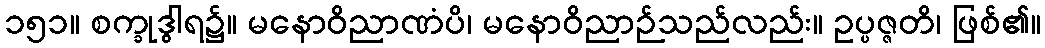
၁၅၁။ စက္ခုဒွါရ၌။ မနောဝိညာဏံပိ၊ မနောဝိညာဉ်သည်လည်း။ ဥပ္ပဇ္ဇတိ၊ ဖြစ်၏။